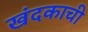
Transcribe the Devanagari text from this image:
खंदकाची